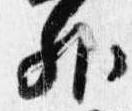
外